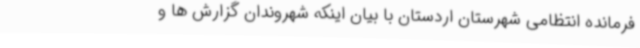
فرمانده انتظامی شهرستان اردستان با بیان اینکه شهروندان گزارش ها و